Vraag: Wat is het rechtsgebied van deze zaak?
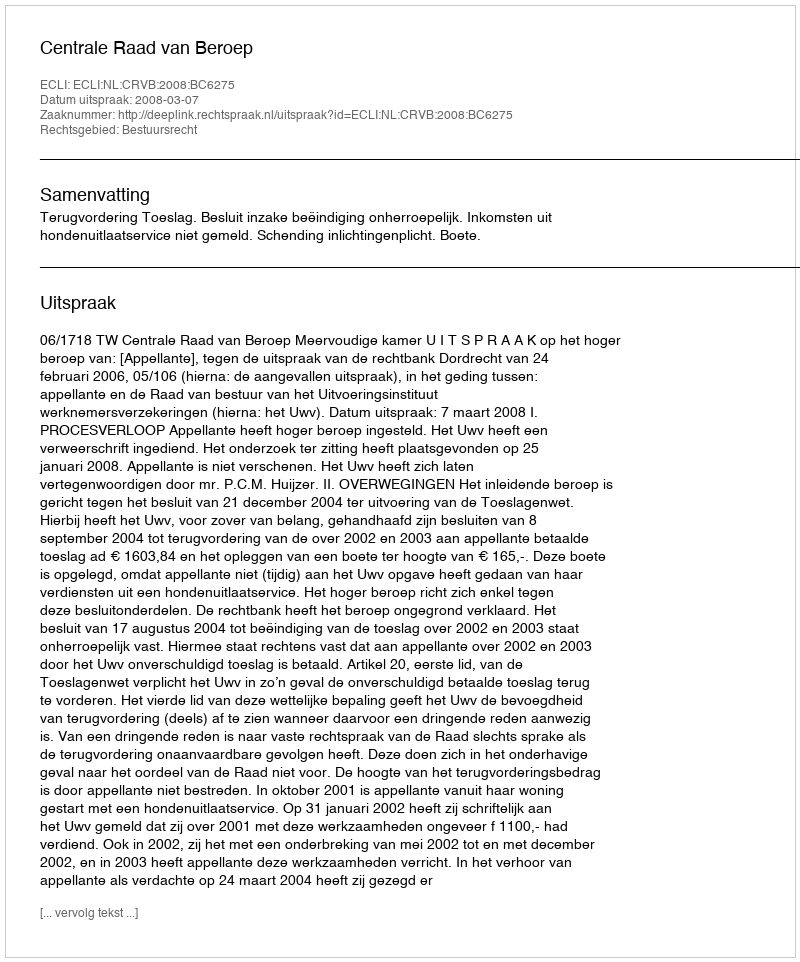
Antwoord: Bestuursrecht